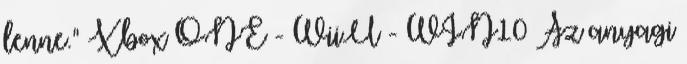
lenne." Xbox ONE - WiiU - WIN10 Az anyagi